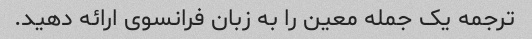
ترجمه یک جمله معین را به زبان فرانسوی ارائه دهید.